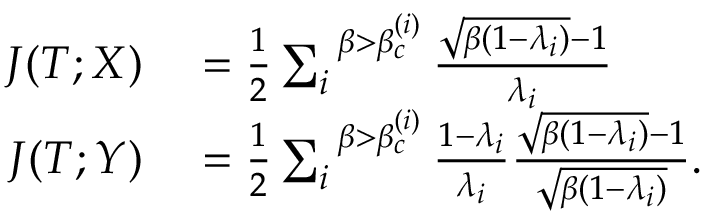
\begin{array} { r l } { J ( T ; X ) } & { { } = \frac { 1 } { 2 } \sum _ { i } ^ { \; \; \beta > \beta _ { c } ^ { ( i ) } } \frac { \sqrt { \beta ( 1 - \lambda _ { i } ) } - 1 } { \lambda _ { i } } } \\ { J ( T ; Y ) } & { { } = \frac { 1 } { 2 } \sum _ { i } ^ { \; \; \beta > \beta _ { c } ^ { ( i ) } } \frac { 1 - \lambda _ { i } } { \lambda _ { i } } \frac { \sqrt { \beta ( 1 - \lambda _ { i } ) } - 1 } { \sqrt { \beta ( 1 - \lambda _ { i } ) } } . } \end{array}